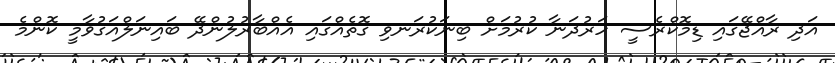
އަދި ރާއްޖޭގައި ޑިމޮކްރެސީ ހަރުދަނާ ކުރުމަށް ބިނަކުރަނވި ގޮތެއްގައި އެއްބާރުލުންދޭ ބައިނަލްއަގުވާމީ ކޮންމެ